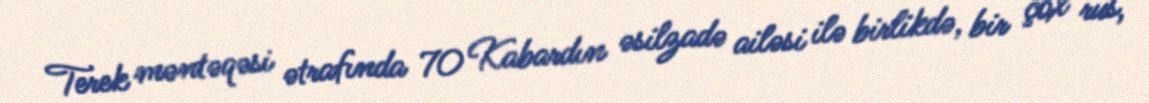
Terek məntəqəsi ətrafında 70 Kabardın əsilzadə ailəsi ilə birlikdə, bir çox rus,